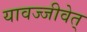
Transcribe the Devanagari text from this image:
यावज्जीवेत्‌